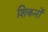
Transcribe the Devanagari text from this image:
शिकनों